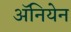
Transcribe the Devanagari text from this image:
अॅनियेन